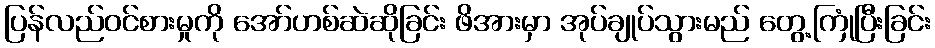
ပြန်လည်ဝင်စားမှုကို အော်ဟစ်ဆဲဆိုခြင်း ဖိအားမှာ အုပ်ချုပ်သွားမည် တွေ့ကြုံပြီးခြင်း